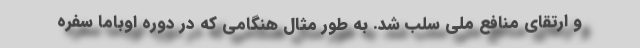
و ارتقای منافع ملی سلب شد. به طور مثال هنگامی که در دوره اوباما سفره